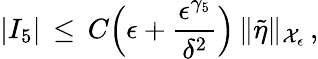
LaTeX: |I_{5}|\, \le\, C\Bigl(\epsilon+\frac{\epsilon^{\gamma_{5}}}{\delta^{2}}\Bigr)\, \| \tilde{\eta}\| _{\mathcal{X}_{\epsilon}}\, ,